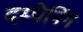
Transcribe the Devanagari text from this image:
दम्पेनिंग